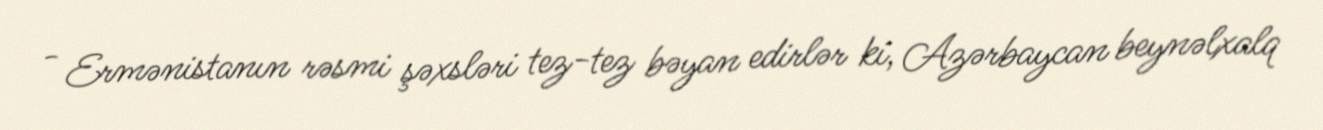
- Ermənistanın rəsmi şəxsləri tez-tez bəyan edirlər ki, Azərbaycan beynəlxalq